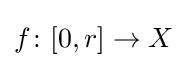
f\colon [0,r]\to X